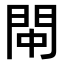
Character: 𫔚